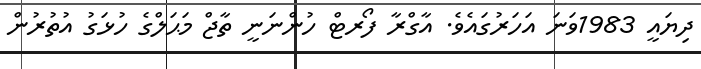
ދިޔައީ 1983ވަނަ އަހަރުގައެވެ. އާގްރާ ފޯރޓް ހުންނަނީ ތާޖް މަޙަލްގެ ހުޅަގު އުތުރުން